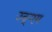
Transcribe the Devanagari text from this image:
उद्‌गम